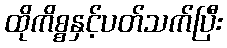
ထိုကိစ္စနှင့်ပတ်သက်ပြီး